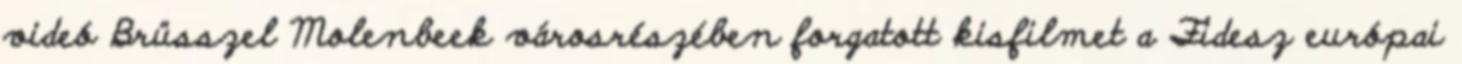
videó Brüsszel Molenbeek városrészében forgatott kisfilmet a Fidesz európai